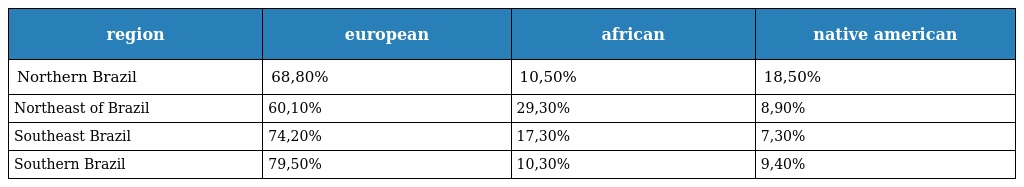
| region | european | african | native american |
 | --- | --- | --- | --- |
 | Northern Brazil | 68,80% | 10,50% | 18,50% |
 | Northeast of Brazil | 60,10% | 29,30% | 8,90% |
 | Southeast Brazil | 74,20% | 17,30% | 7,30% |
 | Southern Brazil | 79,50% | 10,30% | 9,40% |